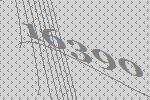
16390